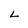
Character: L